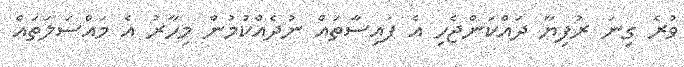
ވުރެ ގިނަ ރުފިޔާ ދައްކަންޖެހި އެ ފައިސާތައް ނުދެއްކުމުން މިހާރު އެ މައްސަލަތައް